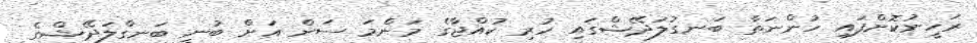
ރަހީނުކޮށްފައި ހުންނަތާ ބަނގުލަދޭޝްގައި ހުރި ކުއްޖާގެ މަންމަ ސަން އަށް ބުނީ ބަނގްލަދޭޝްގެ